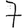
Digit: 7